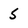
Character: 5